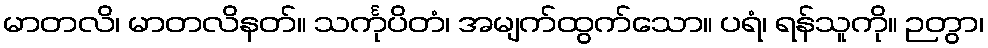
မာတလိ၊ မာတလိနတ်။ သင်္ကုပိတံ၊ အမျက်ထွက်သော။ ပရံ၊ ရန်သူကို။ ဉတွာ၊